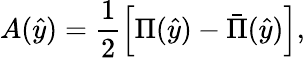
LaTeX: A(\hat{y})=\frac{1}{2}\left[\Pi(\hat{y})-\bar{\Pi}(\hat{y})\right],